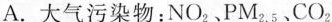
A.大气污染物：NO_{2}、PM_{2.5}、CO_{2}